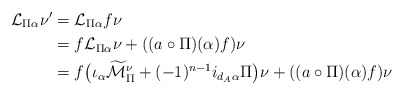
\begin{align*} \mathcal{L}_{\Pi\alpha}\nu^\prime&= \mathcal{L}_{\Pi\alpha} f\nu\\&= f\mathcal{L}_{\Pi\alpha}\nu+ ((a\circ \Pi)(\alpha)f)\nu\\&= f\big(\iota_\alpha\widetilde{\mathcal{M}}_\Pi^\nu+ (-1)^{n-1}i_{d_{A}\alpha}\Pi \big)\nu+ ((a\circ \Pi)(\alpha)f)\nu\end{align*}